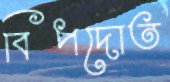
বিপদোত